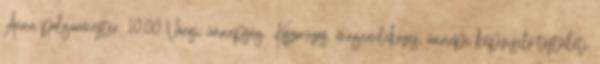
Anna polgármester. 10.00 Városi ünnepség. Koszorúzás, megemlékezés, ünnepi képviselő-testületi